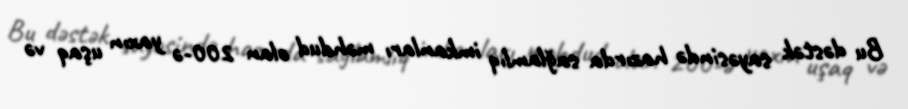
Bu dəstək sayəsində hazırda sağlamlıq imkanları məhdud olan 200-ə yaxın uşaq və